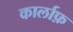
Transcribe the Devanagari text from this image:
कार्लाफ़